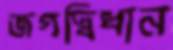
জগদ্বিধান